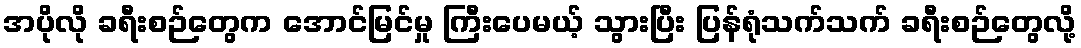
အပိုလို ခရီးစဉ်တွေက အောင်မြင်မှု ကြီးပေမယ့် သွားပြီး ပြန်ရုံသက်သက် ခရီးစဉ်တွေလို့